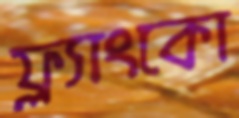
ফ্র্যাংকো